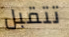
تتقبل